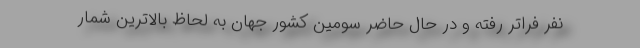
نفر فراتر رفته و در حال حاضر سومین کشور جهان به لحاظ بالاترین شمار